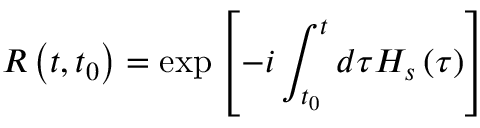
R \left( t , t _ { 0 } \right) = \exp \left[ - i \int _ { t _ { 0 } } ^ { t } d \tau H _ { s } \left( \tau \right) \right]